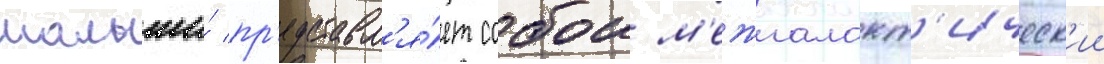
малыши́ пр'едставл'я́ет собои м'ежгалакт'ическ'ии